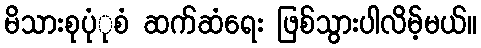
မိသားစုပုံုစံ ဆက်ဆံရေး ဖြစ်သွားပါလိမ့်မယ်။